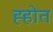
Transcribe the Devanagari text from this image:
ह्होत